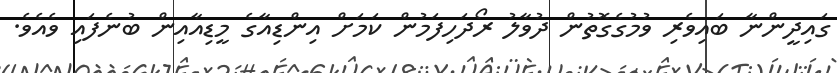
ގައިދީންނާ ބައިވެރި ވުމުގެގޮތުން ދުވާލު ރޯދަހިފަމުން ކަމަށް އިންޑިއާގެ މީޑިއާއިން ބުނެފައި ވެއެވެ.